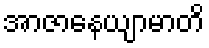
အာဇာနေယျာမာတိ